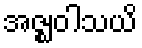
အဇ္ဈဝါသယိ